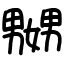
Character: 嬲